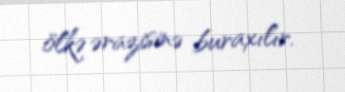
ölkə ərazisinə buraxılır.